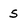
Character: S